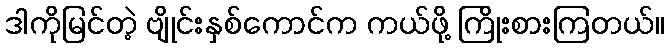
ဒါကိုမြင်တဲ့ ဗျိုင်းနှစ်ကောင်က ကယ်ဖို့ ကြိုးစားကြတယ်။